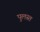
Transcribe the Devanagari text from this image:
पुलस्त